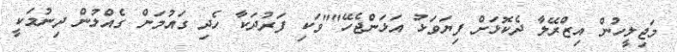
މަޖިލީހުން އިޒްރޭލާ ދެކޮޅަށް ފިޔަވަޅު އަޅަންޖެހޭ""ވަކި ފަރުދަކާ ހެދި ގައުމަށް ގެއްލުން ދިނުމަކީ